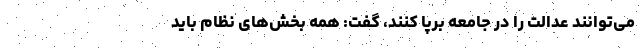
می‌توانند عدالت را در جامعه برپا کنند، گفت: همه بخش‌های نظام باید